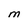
Character: M